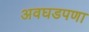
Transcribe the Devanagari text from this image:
अवघडपणा